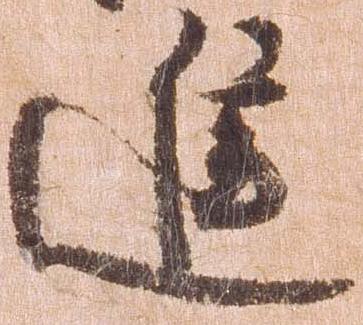
進